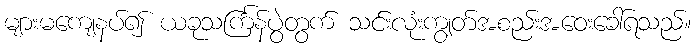
များမကျေနပ်၍ ယခုသင်္ကြန်ပွဲတွက် သင်းလုံးကျွတ်အစည်းအဝေးခေါ်ရသည်။